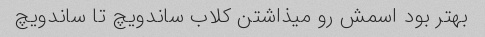
بهتر بود اسمش رو میذاشتن کلاب ساندویچ تا ساندویچ